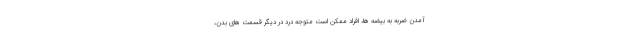
آمدن ضربه به بیضه ها، افراد ممکن است متوجه درد در دیگر قسمت های بدن،